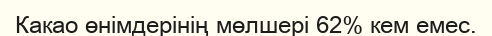
Какао өнімдерінің мөлшері 62% кем емес.